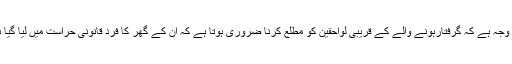
یہی وجہ ہے کہ گرفتارہونے والے کے قریبی لواحقین کو مطلع کرنا ضروری ہوتا ہے کہ ان کے گھر کا فرد قانونی حراست میں لیا گیا ہے۔